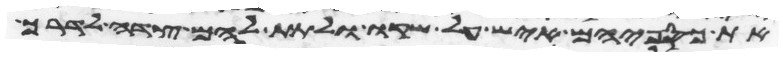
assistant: את כספיהם איש על שקו ולתת להם צדה לדרך